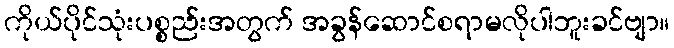
ကိုယ်ပိုင်သုံးပစ္စည်းအတွက် အခွန်ဆောင်စရာမလိုပါဘူးခင်ဗျာ။